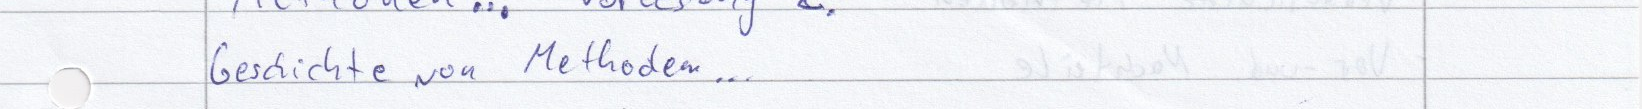
Geschichte von Methoden...